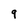
Character: q